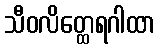
သီဝလိတ္ထေရဂါထာ